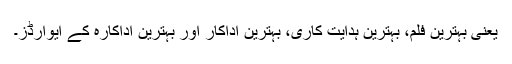
یعنی بہترین فلم، بہترین ہدایت کاری، بہترین اداکار اور بہترین اداکارہ کے ایوارڈز۔